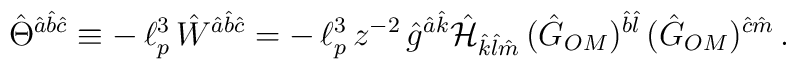
\hat{\Theta}^{\hat{a}\hat{b}\hat{c}} \equiv - \, \ell_p^3 \, \hat{W}^{\hat{a}\hat{b}\hat{c}} = - \, \ell_p^3 \, z^{-2} \,\hat{g}^{\hat{a}\hat{k}} \hat{\cal H}_{\hat{k}\hat{l}\hat{m}} \,(\hat{G}_{OM})^{\hat{b}\hat{l}} \, (\hat{G}_{OM})^{\hat{c}\hat{m}} \, .